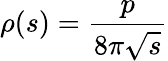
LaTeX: \rho(s)=\frac{p}{8\pi\sqrt{s}}